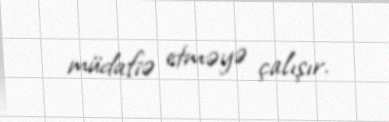
müdafiə etməyə çalışır.